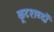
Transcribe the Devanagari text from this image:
कूटशब्दों